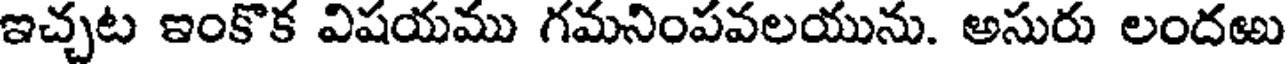
ఇచ్చట ఇంకొక విషయము గమనింపవలయును. అసురు లందఱు